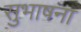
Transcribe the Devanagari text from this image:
सुभाषना